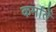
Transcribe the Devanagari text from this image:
कर्मांतें